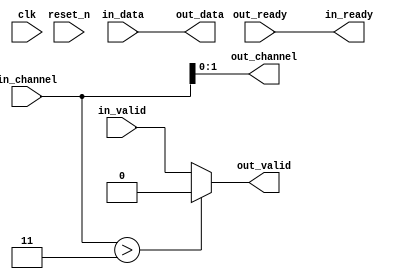
// --------------------------------------------------------------------------------
//| Avalon Streaming Channel Adapter
// --------------------------------------------------------------------------------

`timescale 1ns / 100ps
module DE1_SoC_QSYS_trace_system_0_fabric_mgmt_channel_adap (
    
      // Interface: clk
      input              clk,
      // Interface: reset
      input              reset_n,
      // Interface: in
      output reg         in_ready,
      input              in_valid,
      input              in_data,
      input      [ 7: 0] in_channel,
      // Interface: out
      input              out_ready,
      output reg         out_valid,
      output reg         out_data,
      output reg [ 1: 0] out_channel
);



   // ---------------------------------------------------------------------
   //| Payload Mapping
   // ---------------------------------------------------------------------
   always @* begin
      in_ready = out_ready;
      out_valid = in_valid;
      out_data = in_data;

      out_channel = in_channel[ 1: 0];
      // Suppress channels that are higher than the destination's max_channel.
      if (in_channel > 3) begin
         out_valid = 0;
         // Simulation Message goes here.
      end
   end

endmodule